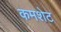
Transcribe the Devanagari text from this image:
कमशेट